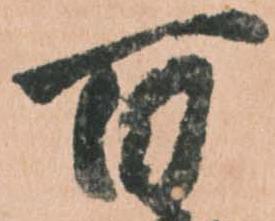
百